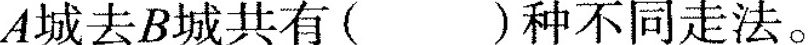
则甲从A城去B城共有( )种不同走法。